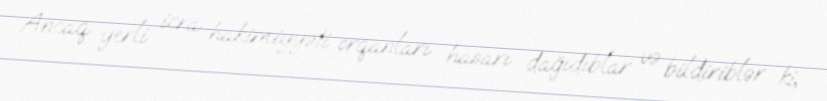
Ancaq yerli icra hakimiyyəti orqanları hasarı dağıdıblar və bildiriblər ki,